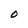
Character: O